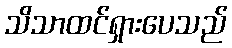
သိသာထင်ရှားပေသည်